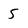
Character: s